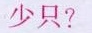
少只?